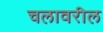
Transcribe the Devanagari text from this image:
चलावरील